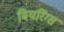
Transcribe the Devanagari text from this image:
बियरिंग्स